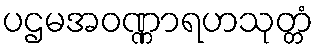
ပဌမအဝဏ္ဏာရဟသုတ္တံ